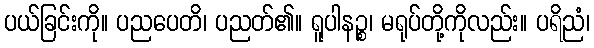
ပယ်ခြင်းကို။ ပညပေတိ၊ ပညတ်၏။ ရူပါနဉ္စ၊ မရုပ်တို့ကိုလည်း။ ပရိညံ၊